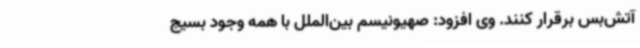
آتش‌بس برقرار کنند. وی افزود: صهیونیسم بین‌الملل با همه وجود بسیج